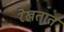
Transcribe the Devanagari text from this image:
रेखतात